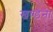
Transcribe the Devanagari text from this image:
खण्डना